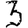
Digit: 3